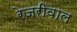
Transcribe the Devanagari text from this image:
रेजरीवाल